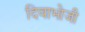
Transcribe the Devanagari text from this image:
दिवाभोजी